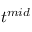
t ^ { m i d }